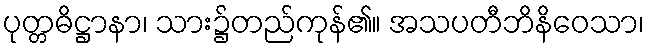
ပုတ္တဓိဋ္ဌာနာ၊ သား၌တည်ကုန်၏။ အသပတီဘိနိဝေသာ၊